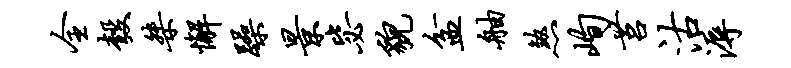
全彀桀懈躁景毖貌盆舳煞峋莒沽溽